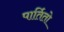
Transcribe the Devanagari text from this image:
पार्तितो